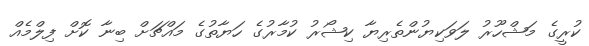
ކުރީގެ މަޝްހޫރު ލަވަކިޔުންތެރިޔާ ކިޝޯރު ކުމާރުގެ ހަޔާތުގެ މައްޗަށް ބިނާ ކޮށް ފިލްމެއް